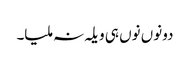
دونوں نوں ہی ویلہ نہ ملیا۔